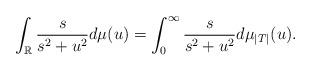
LaTeX: \begin{align*} \int_\mathbb{R} \frac{s}{s^2+u^2}d\mu(u)=\int_0^\infty \frac{s}{s^2+u^2}d\mu_{|T|}(u).\end{align*}